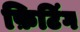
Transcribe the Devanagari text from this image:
फ़िटिंग